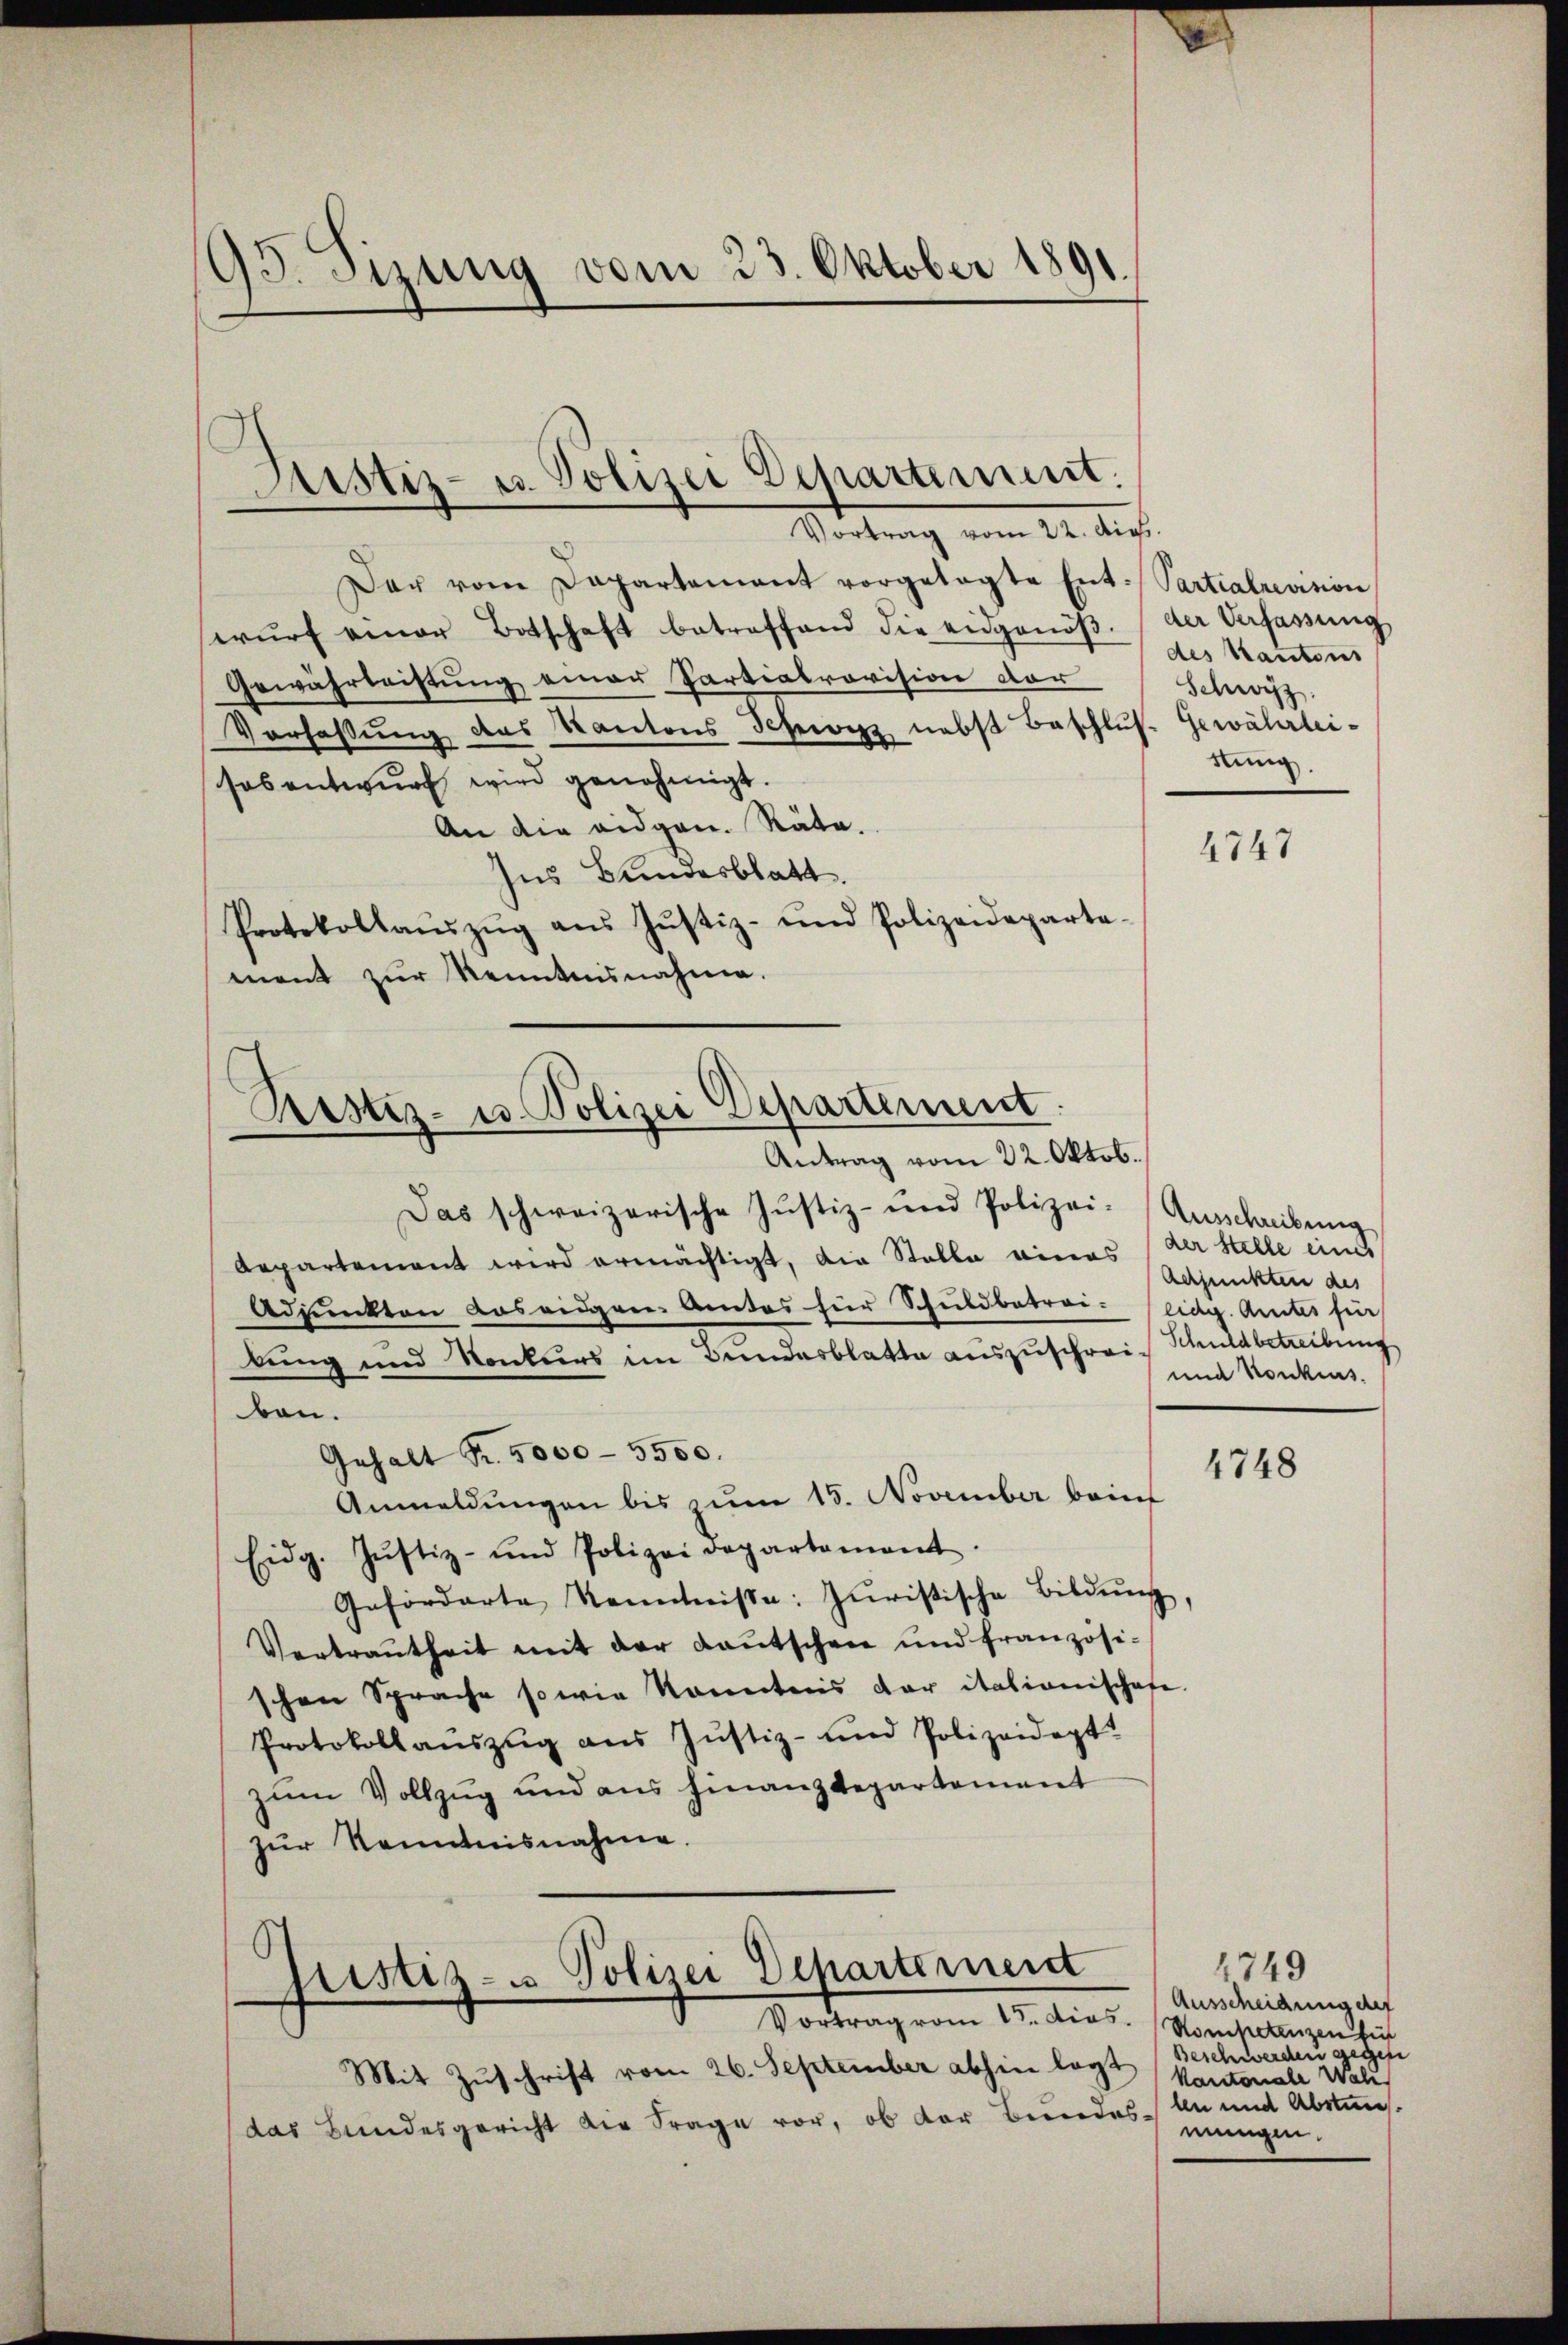
93. Sizung vom 23. Oktober 1891.

Der vom Departement vorgelegte Ent-Partialrevision
wŭrf einer Botschaft betreffend die eidgenöβ.
Gewährleistung einer Sartiakrovision der
Vorfassung des Kantons Schwyz nebst Beschlus Gewährleisosentwurf wird genehmigt.
An die eidgen. Räte.
Ins Bundesblatt.
Protokollaŭszŭg aŭs Justiz- und Polizeideparte-
ment zŭr Kenntnisnahme.

Justiz- u. Polizei Departement.
Vortrag vom 22. dip

Prustiz- u. Polizei Departement.
Antrag vom 22. Oktob.

fristiz- u Polizei Departement
Vortrag vom 15. dies

Mit Zuschrift vom 26. September abhin legt
das Bundesgericht die Frage vor, ob der Bundes.

Das schweizerische Justiz- und Polizei- Ausschreibung
Aepartement wird ermächtigt, die Stelle eines der Stelle eines
Adjunkten Los eidgen. Amtes für Schuldbetrei- (eidg. Amtes für
lung und Konkurs im Bundesblatte auszuschrei- Schuldbetreibung
ben.
Gehalt Fr. 5000 - 5500.
Anmeldungen bis zum 15. November beim
Eidg. Jŭstiz- und Polizei Departament.
Geförderte Kenntnisse: Juristische Bildŭng,
Vertraŭtheit mit der Kaŭtschen und französi-
schen Sprache sowie kanntens der italienischafe
Protokollauszug aus Justiz- und Polizeidept.
zum Vollzug und aus Finanzdepartement
zŭr Kenntnisnahme.
e

der Verfassung
des Kantons
Schwyz.
stung.

4747

Achjunkten des
und Konkurs.

4748

1749
Ausscheidung des
Kompetenzen für
Beschwerden gegen
Kantonale Wali
len und Abstum.
mungen.